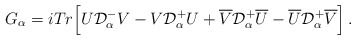
\begin{align*}G_\alpha=iTr\Big[U{\cal D}^-_\alpha V-V{\cal D}^+_\alpha U+ \overline V{\cal D}^+_\alpha\overline U -\overline U{\cal D}^+_\alpha\overline V\Big]\,.\end{align*}